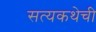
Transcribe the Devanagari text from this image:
सत्यकथेची